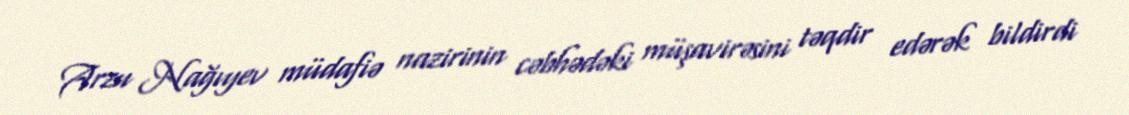
Arzu Nağıyev müdafiə nazirinin cəbhədəki müşavirəsini təqdir edərək bildirdi